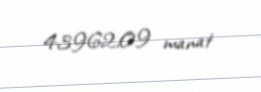
43962,09 manat